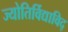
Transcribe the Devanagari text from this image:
ज्योतिर्विद्याविद्